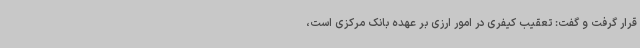
قرار گرفت و گفت: تعقیب کیفری در امور ارزی بر عهده بانک مرکزی است،